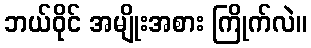
ဘယ်ဝိုင် အမျိုးအစား ကြိုက်လဲ။